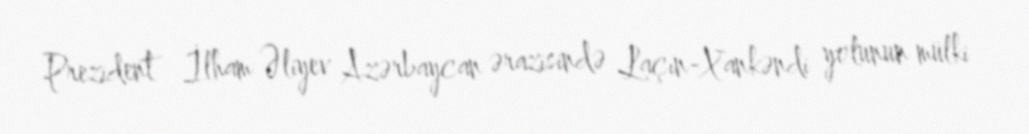
Prezident İlham Əliyev Azərbaycan ərazisində Laçın-Xankəndi yolunun mülki